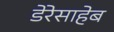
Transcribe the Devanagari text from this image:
डेरेसाहेब